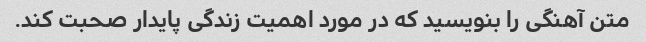
متن آهنگی را بنویسید که در مورد اهمیت زندگی پایدار صحبت کند.